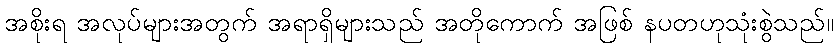
အစိုးရ အလုပ်များအတွက် အရာရှိများသည် အတိုကောက် အဖြစ် နပတဟုသုံးစွဲသည်။